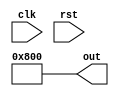
module gen_map_temp_19 (
    input clk,
    input rst,
    output reg [24:0] out
  );
  
  
  
  always @* begin
    out = 25'h0000800;
  end
endmodule